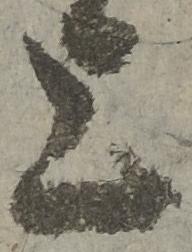
上